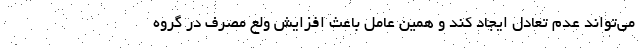
می‌تواند عدم تعادل ایجاد کند و همین عامل باعث افزایش ولع مصرف در گروه